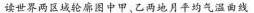
读世界两区域轮图中甲、乙两地月平均气温曲线